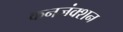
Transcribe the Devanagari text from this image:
कनजंक्शन